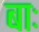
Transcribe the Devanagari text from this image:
बाः